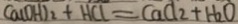
C a ( O H ) _ { 2 } + H C l = C a C l _ { 2 } + H _ { 2 } O